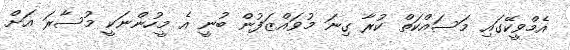
އެމްވީކޭގައި މަސައްކަތް ކުރާ ގިނަ މުވައްޒަފުން ބުނީ އެ މީހުންނަކީ މުސާރަ އަށް